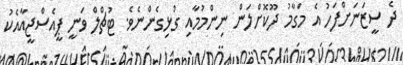
ދެ ސީޒަނަށްފަހު އެ މަގާމު ދޫކޮށްލަން ނިންމުމާއި ގުޅިގެންނެވެ. ޓުޗްލް ވަނީ ޕީއެސްޖީއާއެކު